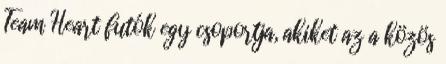
Team Heart futók egy csoportja, akiket az a közös